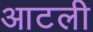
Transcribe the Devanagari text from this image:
आटली